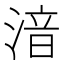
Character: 湆